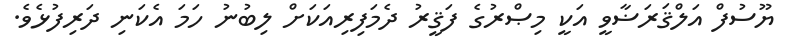
ޔޫސުފް އަލްޤަރަޟާވީ އަކީ މިޞްރުގެ ފަޤީރު ދެމަފިރިއަކަށް ލިބުނު ހަމަ އެކަނި ދަރިފުޅެވެ.